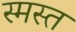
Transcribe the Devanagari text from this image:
स्मस्त